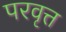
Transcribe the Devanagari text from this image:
परवृत्त